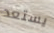
يستعد